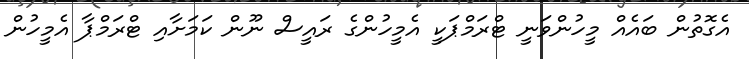
އެގޮތުން ބައެއް މީހުންވަނީ ޓްރަމްޕަކީ އެމީހުންގެ ރައީސް ނޫން ކަމަށާއި ޓްރަމްޕާ އެމީހުން